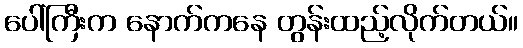
ပေါ်ကြီးက နောက်ကနေ တွန်းထည့်လိုက်တယ်။